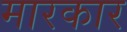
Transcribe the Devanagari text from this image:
मारकार